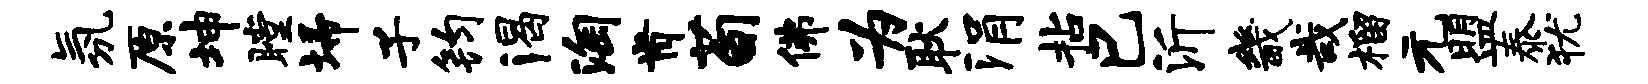
氛原坤瞠埽子钧渴淘肯荀佛为耿涓拈巳沂畿哉榴元盟泰犹